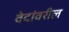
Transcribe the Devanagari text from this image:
वेदांवरील